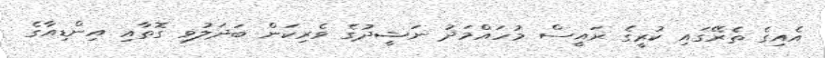
އެއިގެ ތެރޭގައި ކުރީގެ ރައީސް މުހައްމަދު ނަޝީދުގެ ވެރިކަން ބަދަލުވި ގޮތާއި އިންޑިއާގެ